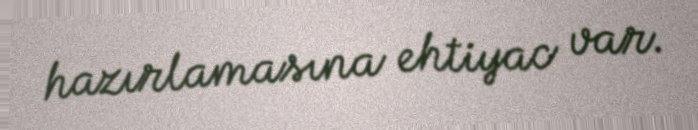
hazırlamasına ehtiyac var.